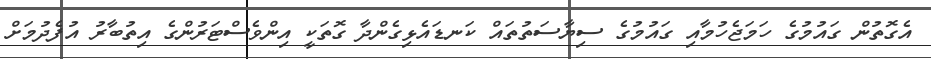
އެގޮތުން ގައުމުގެ ހަމަޖެހުމާއި ގައުމުގެ ސިޔާސަތުތައް ކަނޑައެޅިގެންދާ ގޮތަކީ އިންވެސްޓަރުންގެ އިތުބާރު އުފެދުމަށް